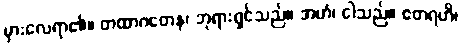
မှားလေရာ၏။ တထာဂတေန၊ ဘုရားရှင်သည်။ အဟံ၊ ငါသည်။ ဧတရဟိ၊